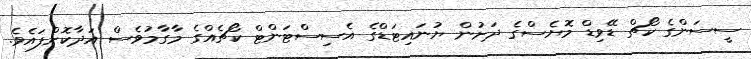
ސީސަންގެ ކޯޗް ޑޭވިޑް މޮޔެސްގެ ދަށުން ޔުނައިޓަޑްގެ އެސިސްޓަންޓް ކޯޗެއްގެ މާގާމުވެސް އަދާކޮށްފައެވެ.